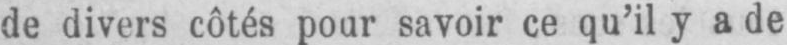
de divers côtés pour savoir ce qu’il y a de